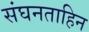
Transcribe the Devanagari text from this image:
संघनताहिन